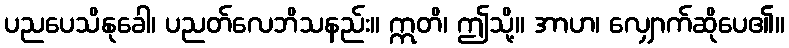
ပညပေသိနုခေါ၊ ပညတ်လေဘိသနည်း။ ဣတိ၊ ဤသို့။ အာဟ၊ လျှောက်ဆိုပေ၏။